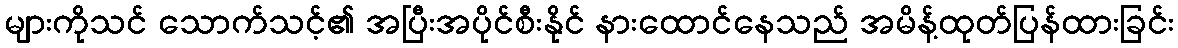
များကိုသင် သောက်သင့်၏ အပြီးအပိုင်စီးနိုင် နားထောင်နေသည် အမိန့်ထုတ်ပြန်ထားခြင်း